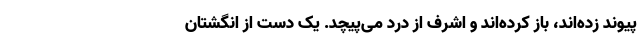
پیوند زده‌اند، باز کرده‌اند و اشرف از درد می‌پیچد. یک دست از انگشتان